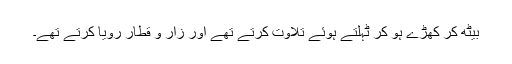
بیٹھ کر کھڑے ہو کر ٹہلتے ہوئے تلاوت کرتے تھے اور زار و قطار رویا کرتے تھے۔